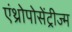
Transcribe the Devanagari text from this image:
एंथ्रोपोसेंट्रीज्म